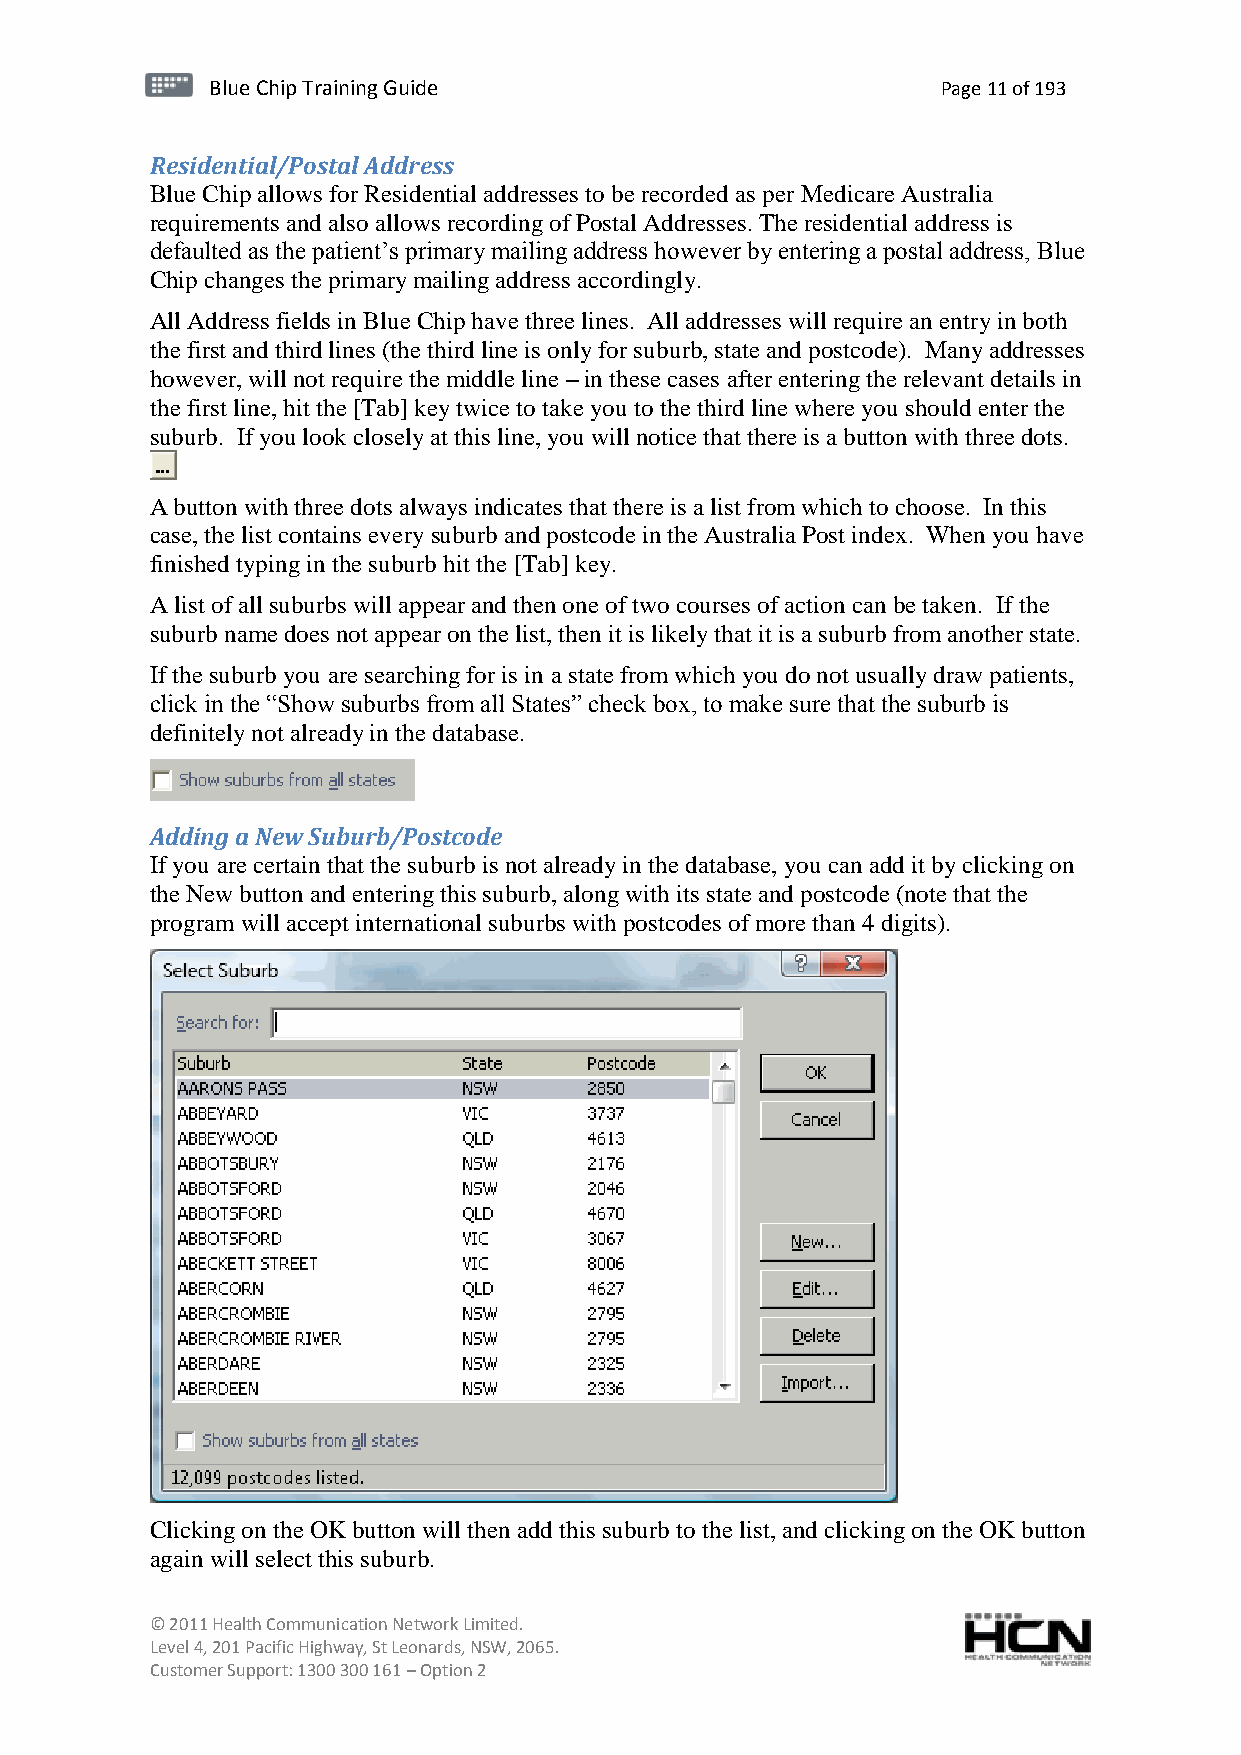
BBlluuee C Chihpi pTr Tairnainingi Gnugi dGeu ide Page 11 of 193
 Residential/Postal Address
 Blue Chip allows for Residential addresses to be recorded as per Medicare Australia
 requirements and also allows recording of Postal Addresses. The residential address is
 defaulted as the patient’s primary mailing address however by entering a postal address, Blue
 Chip changes the primary mailing address accordingly.
 All Address fields in Blue Chip have three lines. All addresses will require an entry in both
 the first and third lines (the third line is only for suburb, state and postcode). Many addresses
 however, will not require the middle line – in these cases after entering the relevant details in
 the first line, hit the [Tab] key twice to take you to the third line where you should enter the
 suburb. If you look closely at this line, you will notice that there is a button with three dots.
 A button with three dots always indicates that there is a list from which to choose. In this
 case, the list contains every suburb and postcode in the Australia Post index. When you have
 finished typing in the suburb hit the [Tab] key.
 A list of all suburbs will appear and then one of two courses of action can be taken. If the
 suburb name does not appear on the list, then it is likely that it is a suburb from another state.
 If the suburb you are searching for is in a state from which you do not usually draw patients,
 click in the “Show suburbs from all States” check box, to make sure that the suburb is
 definitely not already in the database.
 Adding a New Suburb/Postcode
 If you are certain that the suburb is not already in the database, you can add it by clicking on
 the New button and entering this suburb, along with its state and postcode (note that the
 program will accept international suburbs with postcodes of more than 4 digits).
 Clicking on the OK button will then add this suburb to the list, and clicking on the OK button
 again will select this suburb.
 © 2011 Health Communication Network Limited.
 Level 4, 201 Pacific Highway, St Leonards, NSW, 2065.
 Customer Support: 1300 300 161 – Option 2